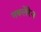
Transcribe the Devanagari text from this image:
मक्लेरेन